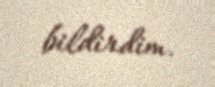
bildirdim.